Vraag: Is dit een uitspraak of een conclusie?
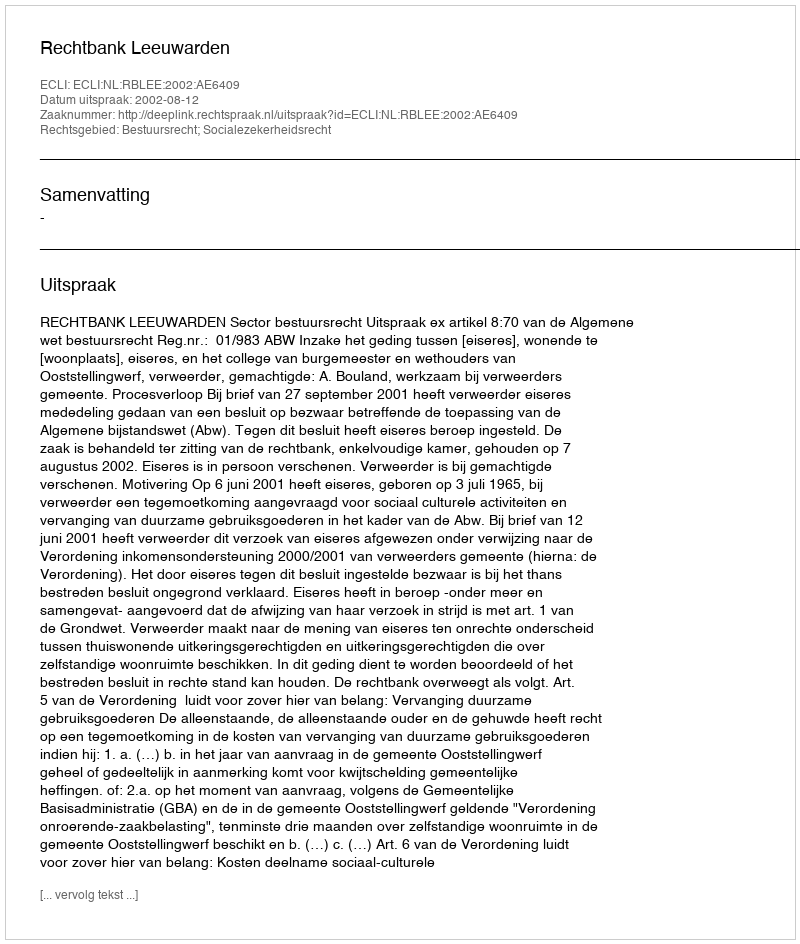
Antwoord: Uitspraak